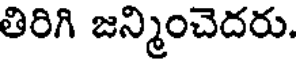
తిరిగి జన్మించెదరు.